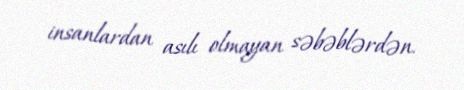
insanlardan asılı olmayan səbəblərdən.